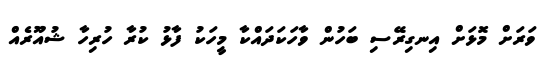
ވަރަށް މޮޅަށް އިނގިރޭސި ބަހުން ވާހަކަދައްކާ މީހަކު ފާޅު ކުރާ ހުރިހާ ޝުއޫރެއް